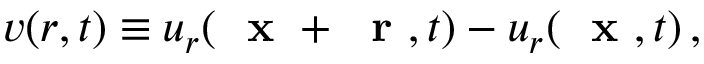
v ( r , t ) \equiv u _ { r } ( \mathrm { ~ \bf ~ x ~ } + \mathrm { ~ \bf ~ r ~ } , t ) - u _ { r } ( \mathrm { ~ \bf ~ x ~ } , t ) \, ,